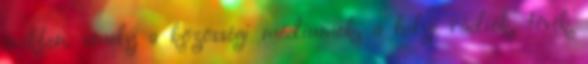
években, amely a közösségi médiumok, a helyi rádiók, tévék